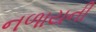
નળાયની